Annual report on the working of the lock hospitals in the Central Provinces
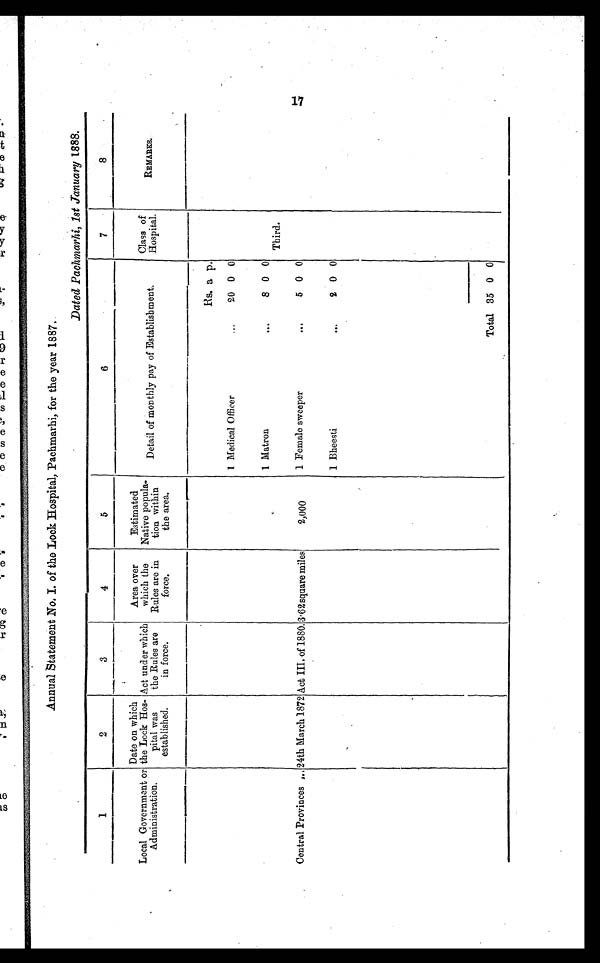
Annual Statement No. I. of the Look Hospital, Pachmarhi, for the year 1887.
Dated Pachmarhi, 1st January 1888.
1
2
3
4
5
6
7
Local Government or
Administration.
Date on which
the Lock Hos-
pital was
established.
Act under which
the Rules are
in force.
Area over
which the
Rules are in
force.
Estimated
Native popula-
tion within
the area.
Detail of monthly pay of Establishment.
Class of
Hospital.
REMARKS.
Rs. a p.
1 Medical Officer
. . .
20 0 0
1 Matron
. . .
8 0 0
Third.
Central Provinces ... 24th March 1872 Act III. of 1880. 3.62 square miles
2,000
1 Female sweeper
. . .
5 0 0
1 Bheesti
. . .
2 0 0
Total 35 0 0